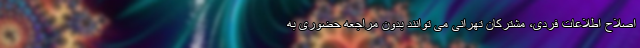
اصلاح اطلاعات فردی، مشترکان تهرانی می توانند بدون مراجعه حضوری به